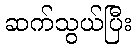
ဆက်သွယ်ပြီး